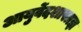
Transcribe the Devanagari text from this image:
आयुर्वेदशास्त्रज्ञ